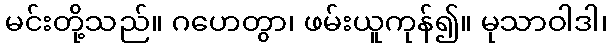
မင်းတို့သည်။ ဂဟေတွာ၊ ဖမ်းယူကုန်၍။ မုသာဝါဒါ၊